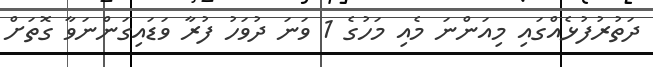
ދަތުރުފުޅެއްގައި މިއަންނަ މެއި މަހުގެ 1 ވަނަ ދުވަހު ފުރާ ވަޑައިގަންނަވާ ގޮތަށް